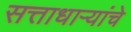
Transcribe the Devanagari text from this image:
सत्ताधाऱ्यांचे